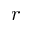
r